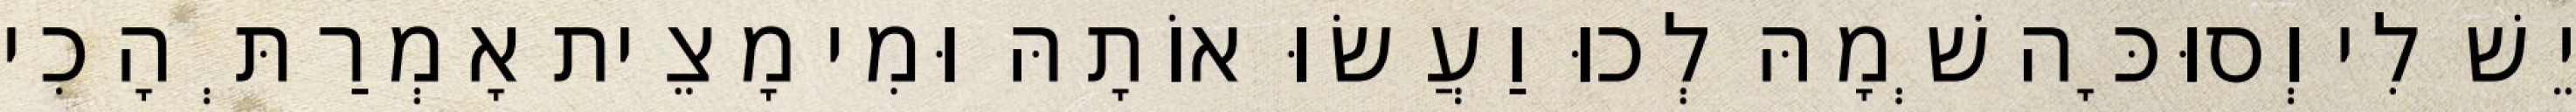
יֵשׁ לִי וְסוּכָּה שְׁמָהּ לְכוּ וַעֲשׂוּ אוֹתָהּ וּמִי מָצֵית אָמְרַתְּ הָכִי